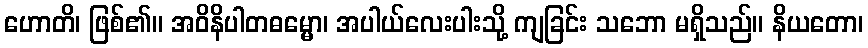
ဟောတိ၊ ဖြစ်၏။ အဝိနိပါတဓမ္မော၊ အပါယ်လေးပါးသို့ ကျခြင်း သဘော မရှိသည်။ နိယတော၊